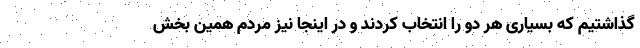
گذاشتیم که بسیاری هر دو را انتخاب کردند و در اینجا نیز مردم همین بخش